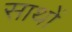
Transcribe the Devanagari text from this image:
साथों